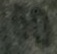
60